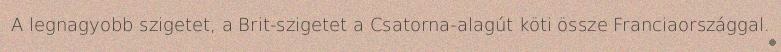
A legnagyobb szigetet, a Brit-szigetet a Csatorna-alagút köti össze Franciaországgal.